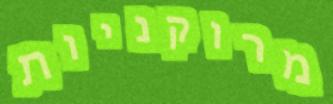
מרוקניות